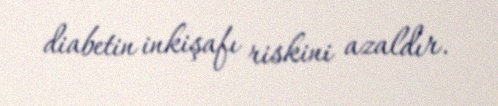
diabetin inkişafı riskini azaldır.